Annual report on the lock hospitals of the Madras Presidency
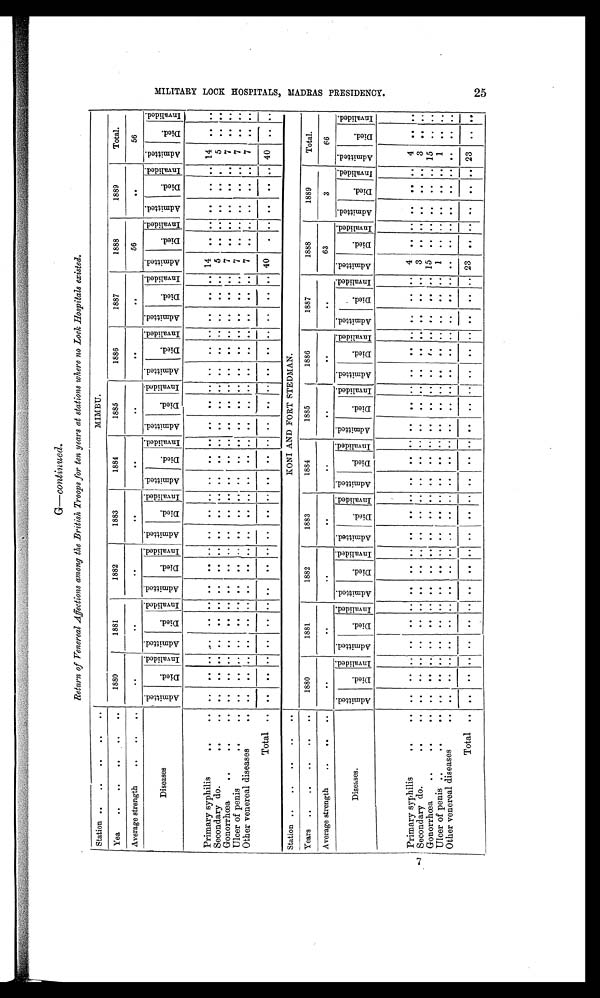
G—continued.
Return of Venereal Affections among the British Troops for ten years at stations where no Lock Hospitals existed.
Station ..
..
..
. .
. .
MIMBU.
Yea
..
. .
. .
. .
. .
1880
1881
1882
1883
1884
1885
1886
1887
1888
1889
Total.
Average strength
. .
..
. .
. .
. .
..
. .
. .
. .
. .
. .
56
. .
56
Diseases
A d m i t t e d .
D i e d .
I nval i ded.
Ad mi t t e d .
D i e d .
I nval i ded.
A d m i t t e d .
D i e d .
I n v a l i d e d . A d m i t t e d .
D i e d .
I nval i ded. A d m i t t e d .
D i e d .
I n v a l i d e d . A d m i t t e d .
D i e d .
I n v a l i d e d .
A d m i t t e d .
Died.
I n v a l i d e d .
A d m i t t e d .
D i e d .
I nv al i ded. A d m i t t e d .
D i e d .
I nval i ded. A d m i t t e d .
D i e d .
I nval i ded.
A d m i t t e d .
Di ed.
I n v a l i d e d .
Primary syphilis
. .
..
..
..
..
. .
..
..
..
..
..
..
..
..
..
..
..
..
..
..
..
..
..
. .
..
14
..
.. ..
. .
..
14
..
. .
Secondary do.
. .
..
.. .. ..
. . ..
..
. . .. ..
. . ..
..
. . ..
. .
. . ..
.. ..
. .
. .
. . .. 5
.. ..
..
..
..
5
. .
. .
Gonorrhœa
..
..
..
..
..
..
..
..
..
..
..
..
..
..
. .
..
. .
..
..
..
..
..
..
..
..
7
..
.. ..
..
.
7
. .
. .
Ulcer of penis
. .
..
.. .. ..
. . ..
..
..
..
..
..
..
..
..
..
. .
..
..
..
..
..
..
..
..
7
..
..
..
..
..
7
..
. .
. .
Other venereal diseases
. .
..
.. .. ..
. . ..
..
. . .. ..
. . ..
..
. . ..
. .
. . ..
.. .. ..
. .
. . ..
7
.. ..
..
. .
..
..
7
..
. .
Total ..
..
..
..
..
. .
..
..
. .
..
..
. .
..
..
. .
..
. .
. . ..
..
..
..
. .
..
..
40 ..
.. ..
. .
..
40 ..
. .
Station
. .
. .
. .
KONI AND FORT STEDMAN.
Years
. .
..
. .
1880
1881
1882
1883
1884
1885
1886
1887
1888
1889
Total.
Average strength
..
. .
. .
. .
..
. .
. .
. .
. .
. .
. .
63
3
6 6
Diseases.
A d m i t t e d .
D i e d .
I n v a l i d e d . Ad mi t t e d .
D i e d .
I n v a l i d e d .
Admi t t ed.
Di ed.
I n v a l i d e d . Admi t t ed.
Di ed.
I n v a l i d e d .
A d m i t t e d .
Di ed.
I n v a l i d e d .
A d m i t t e d .
D i e d .
I nv al i ded. A d m i t t e d .
Died.
I n v a l i d e d . A d m i t t e d .
D i e d .
I nv al i ded. A d m i t t e d .
D i e d .
I n v a l i d e d . Admi t t ed.
Di ed.
I n v a l i d e d .
A d m i t t e d .
Di ed.
I n v a l i d e d .
Primary syphilis
..
..
..
..
..
..
..
..
..
..
..
..
..
..
..
..
. .
..
..
..
..
..
..
..
..
4
.. .. ..
. . ..
4
S econdary do.
..
..
.. .. ..
.. .. ..
.. „ ..
. . ..
..
. . ..
. .
. . ..
..
..
..
. .
. . ..
3
.. .. ..
..
..
3
..
. .
Gonorrhœa
. .
..
..
..
..
..
..
..
..
..
..
..
..
..
..
..
. .
..
..
..
..
. .
..
..
15
.. .. ..
..
.. 15
..
. .
Ulcer of penis
. .
..
.. .. ..
. . ..
..
..
..
..
..
..
..
..
..
..
..
..
"
..
..
. .
. .
..
. .
..
..
..
..
..
. .
..
..
Other venereal diseases
. . ..
..
..
..
. .
.. ..
. .
.. ..
. .
.. ..
. .
..
. .
. . .. ..
..
..
. .
. .
..
. . ..
.. ..
..
.. . .
..
..
Total
. . ..
.. .. ..
. .
..
..
. .
.. ..
. .
..
..
. .
..
. .
..
..
..
..
..
..
. .
..
2 3
..
..
..
..
..
23 ..
. .
M I L I T A R Y L O O K H O S P I T A L , M A D R A S P R E S I D E N C Y .